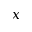
x